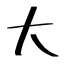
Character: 大